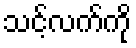
သင့်လက်ကို